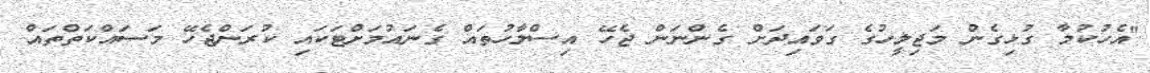
"އެހުކުމާ ގުޅިގެން މަޖިލީހުގެ ގަވައިދަށް ގެންނަން ޖެހޭ އިސްލާހުތައް ގެނައުމަށްޓަކައި ކުރަންޖެހޭ މަސައްކަތްތައް